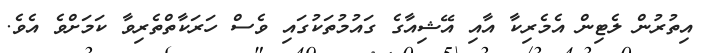
އިތުރުން ލެޓިން އެމެރިކާ އާއި އޭޝިއާގެ ގައުމުތަކުގައި ވެސް ހަރަކާތްތެރިވާ ކަމަށްވެ އެވެ.